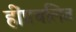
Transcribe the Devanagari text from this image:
हींप्रचलित